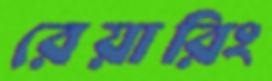
রেয়ারিং